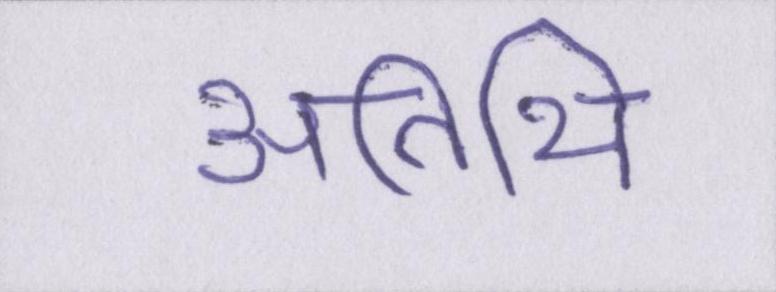
अतिथि